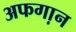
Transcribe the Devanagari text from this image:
अफगा़न